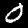
Digit: 0